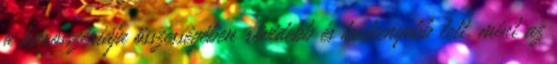
a karosszériája összességében rövidebb és keskenyebb lett, mint az